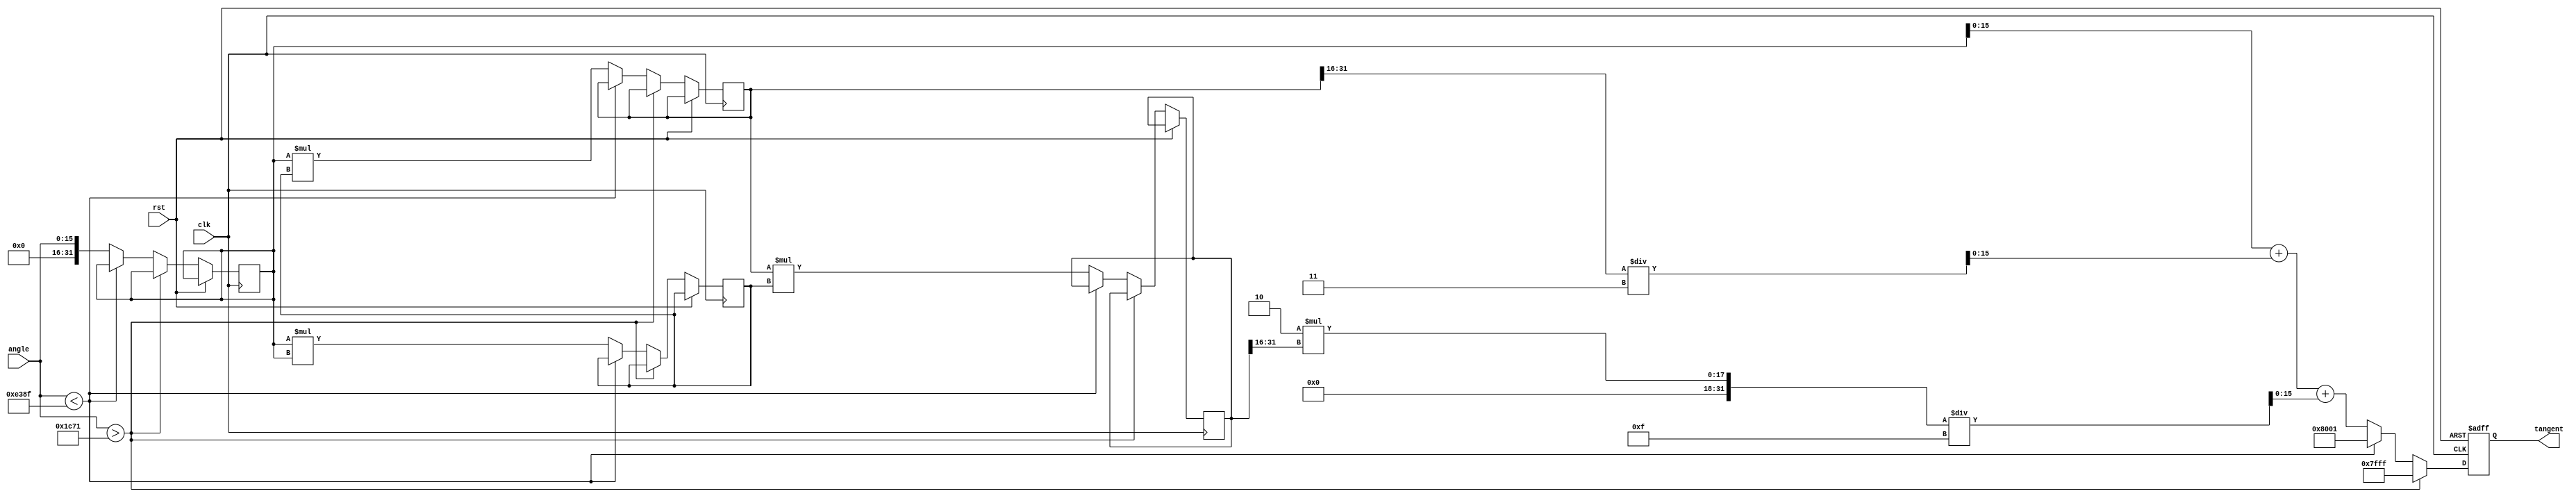
module tan_arithmetic_block (
    input  wire [15:0] angle,  // Input angle in radians (16-bit fixed-point)
    output reg  [15:0] tangent, // Output tangent value (16-bit fixed-point)
    input  wire clk,            // Clock signal
    input  wire rst             // Reset signal
);

    // Constants for fixed point representation
    localparam FIXED_POINT_FRACTIONAL_BITS = 15; // 1 sign bit + 15 fractional bits
    localparam MAX_TAN_VALUE = 16'h7FFF; // Maximum value for 16-bit signed fixed-point

    // Taylor series coefficients for tan(x) around x=0
    // tan(x) = x + (x^3)/3 + (2*x^5)/15 + (17*x^7)/315 + ...
    // For simplicity, we will use a truncated version of the series
    reg [31:0] x; // Extended precision for calculations
    reg [31:0] x2, x3, x5, x7; // Intermediate values

    always @(posedge clk or posedge rst) begin
        if (rst) begin
            tangent <= 16'b0;
        end else begin
            // Normalize input angle to [-pi/2, pi/2]
            // This is a simplified approach; in practice, you would need to handle wrapping properly
            if (angle > 16'h1C71) begin // > pi/2 in fixed point
                tangent <= MAX_TAN_VALUE; // Saturate to max value
            end else if (angle < -16'h1C71) begin // < -pi/2 in fixed point
                tangent <= -MAX_TAN_VALUE; // Saturate to min value
            end else begin
                // Convert angle to extended precision
                x <= {16'b0, angle}; // Extend to 32-bits
                x2 <= x * x; // x^2
                x3 <= x * x2; // x^3
                x5 <= x3 * x2; // x^5
                x7 <= x5 * x2; // x^7

                // Calculate tangent using Taylor series approximation
                // tan(x)  x + (x^3)/3 + (2*x^5)/15
                tangent <= x[15:0] + (x3[31:16] / 3) + (2 * x5[31:16] / 15);
            end
        end
    end

endmodule